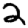
Digit: 2